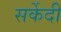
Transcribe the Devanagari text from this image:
सर्केदी